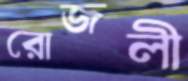
রোজলী